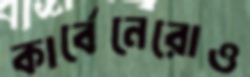
কার্বেনেরোও